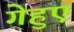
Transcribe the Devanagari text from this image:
गेहुए